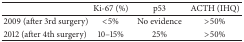
<table><thead><tr><td><b> </b></td><td><b>Ki-67 (%)</b></td><td><b>p53</b></td><td><b>ACTH (IHQ)</b></td></tr></thead><tbody><tr><td>2009 (after 3rd surgery)</td><td>&lt;5%</td><td>No evidence</td><td>&gt;50%</td></tr><tr><td>2012 (after 4th surgery)</td><td>10–15%</td><td>25%</td><td>&gt;50%</td></tr></tbody></table>